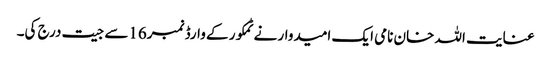
عنایت اللہ خان نامی ایک امیدوار نے ٹمکور کے وارڈ نمبر16سے جیت درج کی۔